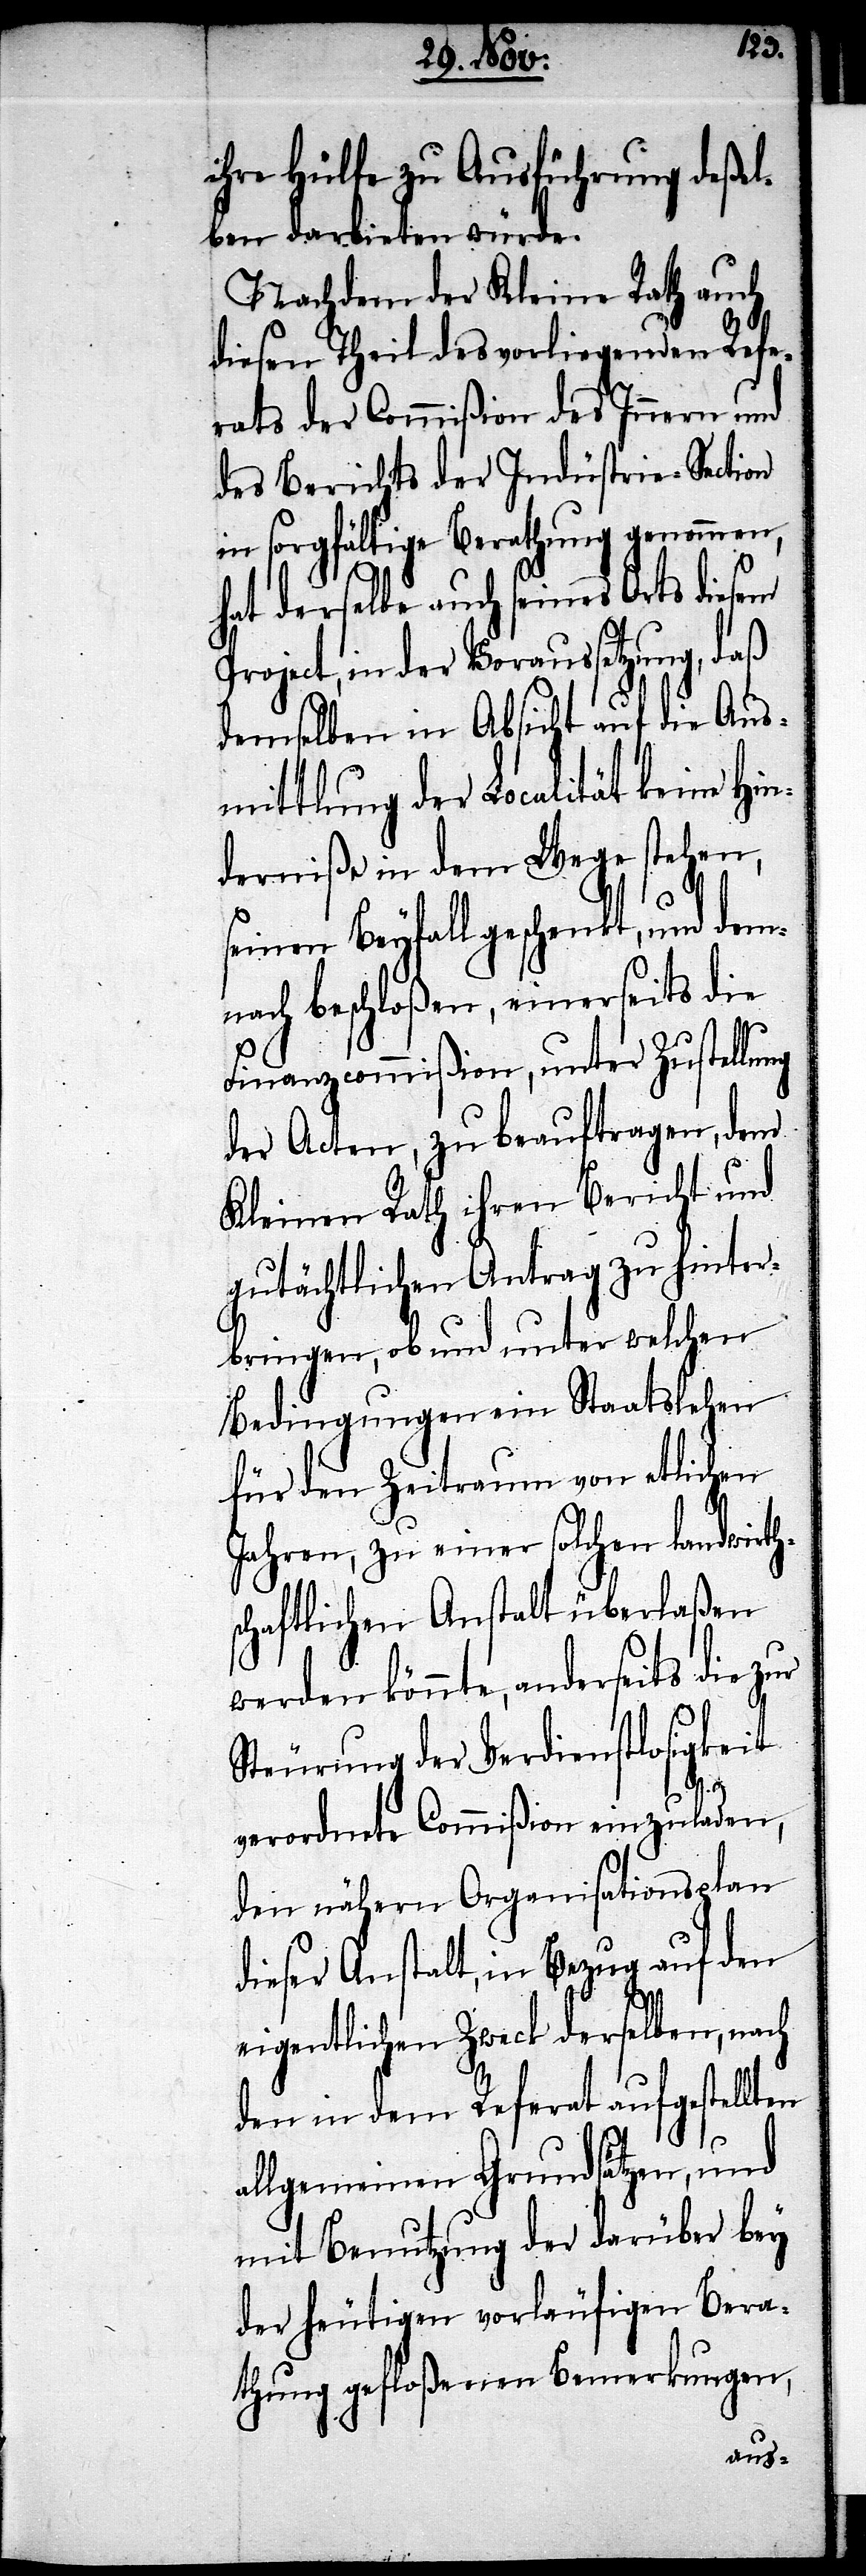
ihr Hülfe zu Ausführung deßel¬
ben darbieten würde.
Nachdem der Kleine Rath auch
diesen Theil des vorliegenden Refe¬
rats der Commißion des Innern und
des Berichts der Indüstrie-Section
in sorgfältige Berathung genommen,
hat derselbe auch seines Orts diesem
Project, in der Voraussetzung, daß
demselben in Absicht auf die Aus¬
mittlung der Localität keine Hin¬
derniße in dem Wege stehen,
seinen Beyfall geschenkt, und dem¬
nach beschloßen, einerseits die
Finanzcommißion, unter Zustellung
der Acten, zu beauftragen, dem
Kleinen Rath ihren Bericht und
gutächtlichen Antrag zu hinter¬
bringen, ob und unter welchen
Bedingungen ein Staatslehen
für den Zeitraum von etlichen
Jahren, zu einer solchen landwirth¬
schaftlichen Anstalt überlaßen
werden könnte, anderseits die zur
Steurung der Verdienstlosigkeit
verordnete Commißion einzuladen,
den nähern Organisationsplan
dieser Anstalt, in Bezug auf den
eigentlichen Zweck derselben, nach
den in dem Referat aufgestellten
allgemeinen Grundsätzen, und
mit Benutzung der darüber bey
der heutigen vorläufigen Bera¬
thung gefloßenen Bemerkungen,